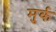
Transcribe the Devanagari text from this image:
मुर्क